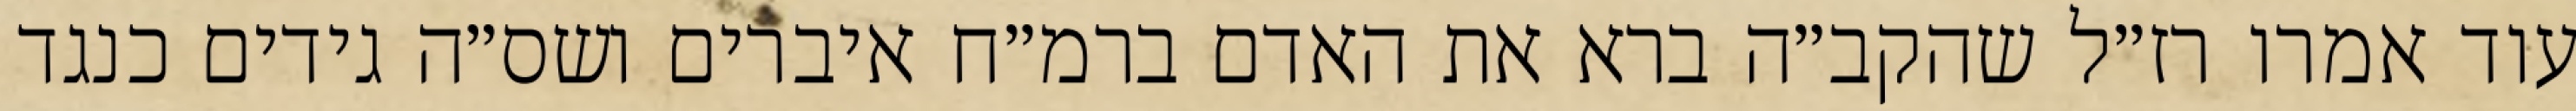
עוד אמרו רז״ל שהקב״ה ברא את האדם ברמ״ח איברים ושס״ה גידים כנגד